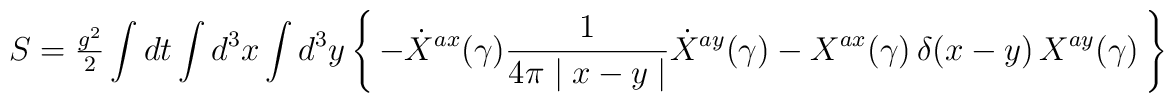
S = {\textstyle{g^2\over2}} \int dt \int d^3{x} \int d^3{y}\left\{ \, -\dot{X}^{ax} (\gamma)            \frac{1}{4\pi \mid x-y \mid} \dot{X}^{ay} (\gamma) - X^{ax} (\gamma) \, \delta(x-y) \, X^{ay} (\gamma) \, \right\}